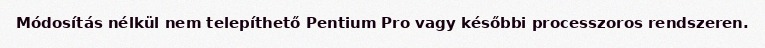
Módosítás nélkül nem telepíthető Pentium Pro vagy későbbi processzoros rendszeren.